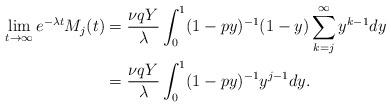
LaTeX: \begin{align*} \lim_{t \to \infty} e^{-\lambda t} M_j(t) &= \frac{\nu q Y}{\lambda} \int_0^1 (1-py)^{-1} (1-y) \sum_{k=j}^{\infty} y^{k-1} dy \\ &= \frac{\nu q Y}{\lambda} \int_0^1 (1-py)^{-1} y^{j-1} dy.\end{align*}